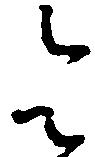
令